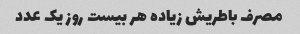
مصرف باطریش زیاده هر بیست روز یک عدد